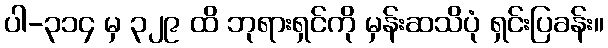
ပါ-၃၁၄ မှ ၃၂၉ ထိ ဘုရားရှင်ကို မှန်းဆသိပုံ ရှင်းပြခန်း။